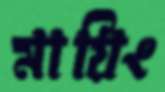
মায়িং